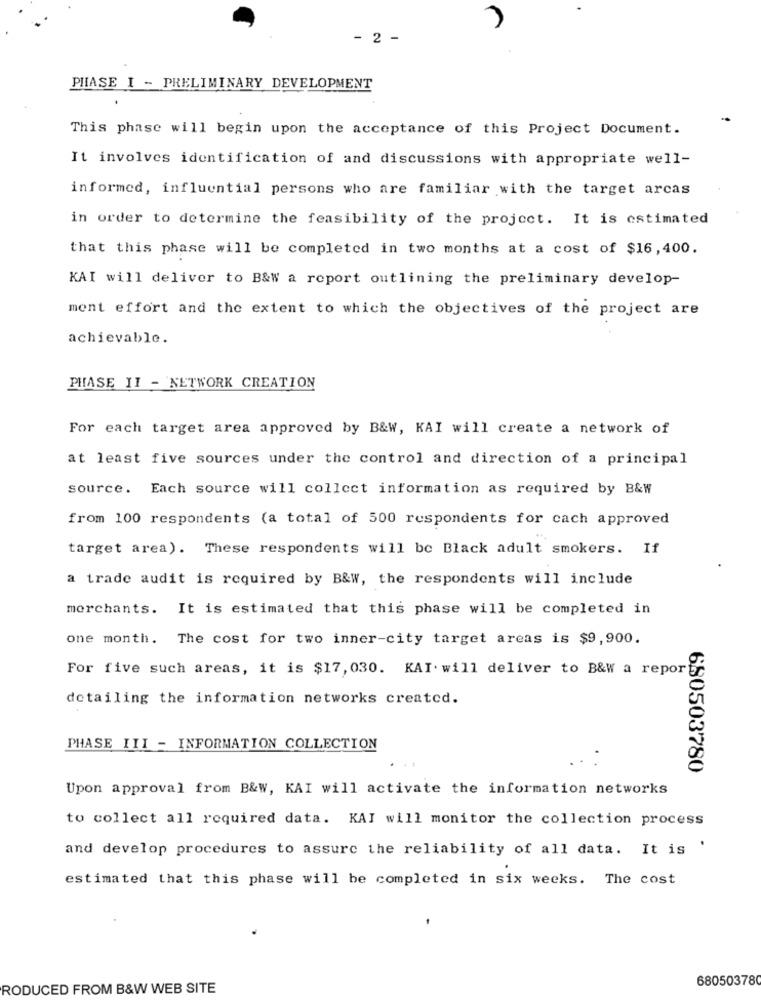
-
-
PHASE I - PRELIMINARY DEVELOPMENT
This phase will begin upon the acceptance of this Project Document.
It involves identification of and discussions with appropriate well-
informed, influential persons who are familiar with the target arcas
in order to determine the feasibility of the project. It is estimated
that this phase will be completed in two months at a cost of $16,400.
KAI will deliver to B&W a report outlining the preliminary develop-
ment effort and the extent to which the objectives of the project are
achievable.
PHASE II - NETWORK CREATION
For each target area approved by B&W, KAI will create a network of
at least five sources under the control and direction of a principal
source. Each source will collect information as required by B&W
from 100 respondents (a total of 500 respondents for cach approved
target area). These respondents will be Black adult smokers. If
a trade audit is required by B&W, the respondents will include
merchants. It is estimated that this phase will be completed in
one month. The cost for two inner-city target areas is $9,900.
For five such areas, it is $17, 030. KAI. will deliver to B&W a report
detailing the information networks created.
PHASE III - INFORMATION COLLECTION
680503780
Upon approval from B&W, KAI will activate the information networks
to collect all required data. KAI will monitor the collection process
and develop procedures to assure the reliability of all data. It is '
estimated that this phase will be completed in six weeks. The cost
68050378
RODUCED FROM B&W WEB SITE